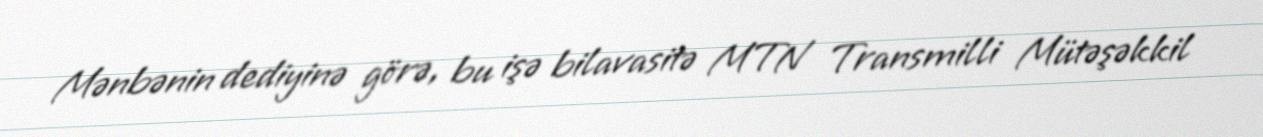
Mənbənin dediyinə görə, bu işə bilavasitə MTN Transmilli Mütəşəkkil